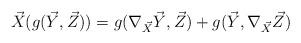
LaTeX: \begin{align*}\vec{X}( g(\vec{Y},\vec{Z}) ) = g(\nabla_{\vec{X}} \vec{Y},\vec{Z}) + g(\vec{Y}, \nabla_{\vec{X}} \vec{Z})\end{align*}